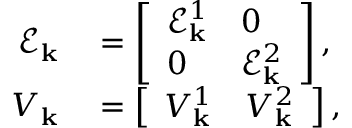
\begin{array} { r l } { \mathcal { E } _ { \mathbf { k } } } & { { } = \left[ \begin{array} { l l } { \mathcal { E } _ { \mathbf { k } } ^ { 1 } } & { 0 } \\ { 0 } & { \mathcal { E } _ { \mathbf { k } } ^ { 2 } } \end{array} \right] , } \\ { V _ { \mathbf { k } } } & { { } = \left[ \begin{array} { l l } { V _ { \mathbf { k } } ^ { 1 } } & { V _ { \mathbf { k } } ^ { 2 } } \end{array} \right] , } \end{array}